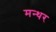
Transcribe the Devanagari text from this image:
मन्थर